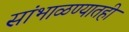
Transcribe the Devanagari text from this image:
सांभाळण्यातही